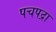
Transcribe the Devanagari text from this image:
पचपद्रा